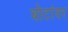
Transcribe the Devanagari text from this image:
बोटांवर